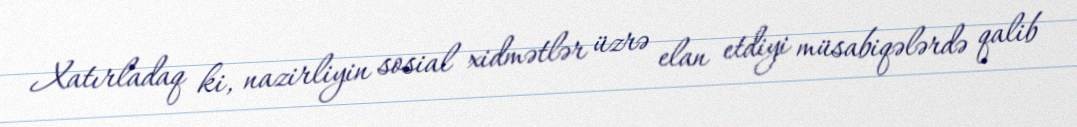
Xatırladaq ki, nazirliyin sosial xidmətlər üzrə elan etdiyi müsabiqələrdə qalib